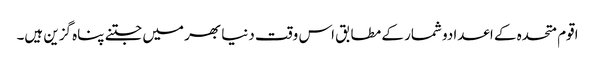
اقوم متحدہ کے اعدادو شمار کے مطابق اس وقت دنیا بھر میں جتنے پناہ گزین ہیں۔